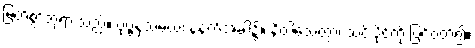
မြတ်စွာဘုရားသည်။ ပုဗ္ဗနှသမယံ၊ နံနက်အခါ၌။ နိဝါသေတွာ၊ သင်းပိုင်ကို ပြင်ဝတ်၍။